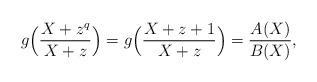
LaTeX: \begin{align*}g\Bigl(\frac{X+z^q}{X+z}\Bigr)=g\Bigl(\frac{X+z+1}{X+z}\Bigr)=\frac{A(X)}{B(X)},\end{align*}